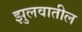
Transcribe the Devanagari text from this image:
झुलवातील